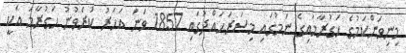
މިނިވަންކަމުގެ ހަގުރާމައިގެ ނަމުގައި މިސަރަހައްދުގައި 1857 ވަނަ އަހަރު ކުރެވުނު ހަގުރާމަ އަކީ